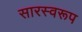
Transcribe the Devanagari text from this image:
सारस्वरूप